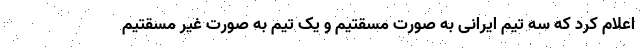
اعلام کرد که سه تیم ایرانی به صورت مسقتیم و یک تیم به صورت غیر مسقتیم